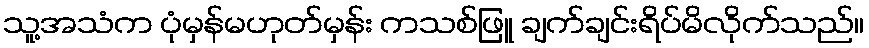
သူ့အသံက ပုံမှန်မဟုတ်မှန်း ကသစ်ဖြူ ချက်ချင်းရိပ်မိလိုက်သည်။